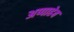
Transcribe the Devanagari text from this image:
अप्पाहेब